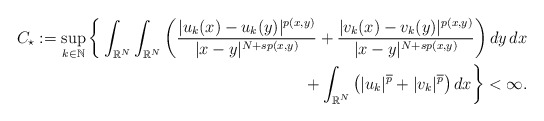
\begin{align*}C_{\star}:= \sup_{k \in \mathbb{N}} \bigg\{ \int_{\mathbb{R}^{N}}\int_{\mathbb{R}^{N}}\bigg(\frac{|u_{k}(x)-u_k(y)|^{p(x,y)}}{|x-y|^{N+sp(x,y)}} + \frac{|v_{k}(x)-v_k(y)|^{p(x,y)}}{|x-y|^{N+sp(x,y)}}\bigg)\,dy\,dx & \\+\int_{\mathbb{R}^{N}}\big(|u_k|^{\overline{p}}+ |v_k|^{\overline{p}}\big)\,dx \bigg\}< \infty.\end{align*}